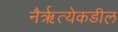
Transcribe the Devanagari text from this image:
नैरृत्येकडील